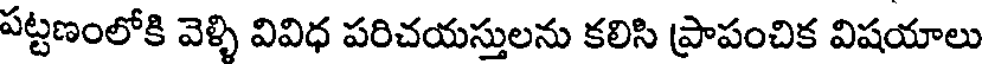
పట్టణంలోకి వెళ్ళి వివిధ పరిచయస్తులను కలిసి ప్రాపంచిక విషయాలు